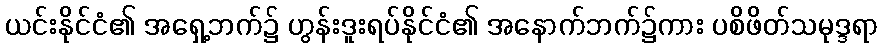
ယင်းနိုင်ငံ၏ အရှေ့ဘက်၌ ဟွန်းဒူးရပ်နိုင်ငံ၏ အနောက်ဘက်၌ကား ပစိဖိတ်သမုဒ္ဒရာ